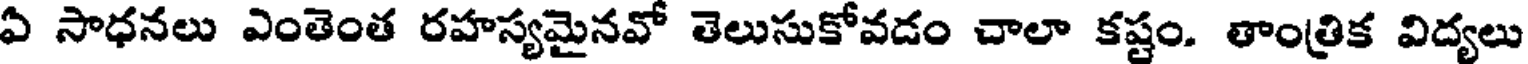
ఏ సాధనలు ఎంతెంత రహస్యమైనవో తెలుసుకోవడం చాలా కష్టం. తాంత్రిక విద్యలు